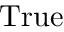
\mathrm { T r u e }